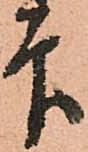
印